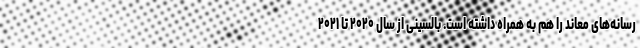
رسانه‌های معاند را هم به همراه داشته است. بالسینی از سال ۲۰۲۰ تا ۲۰۲۱